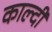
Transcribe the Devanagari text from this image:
काल्दी